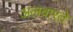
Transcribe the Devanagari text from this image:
अलवारते